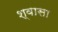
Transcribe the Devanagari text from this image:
श्वासा